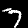
Label: 7